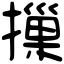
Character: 摷